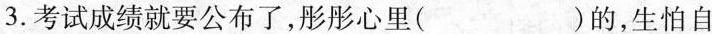
3.考试成绩就要公布了，彤彤心里( )的，生怕自